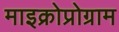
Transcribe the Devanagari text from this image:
माइक्रोप्रोग्राम